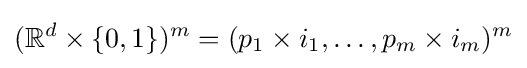
(\mathbb {R} ^{d}\times \{0,1\})^{m}=(p_{1}\times i_{1},\dots ,p_{m}\times i_{m})^{m}